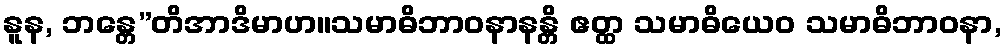
နူန, ဘန္တေ”တိအာဒိမာဟ။သမာဓိဘာဝနာနန္တိ ဧတ္ထ သမာဓိယေဝ သမာဓိဘာဝနာ,